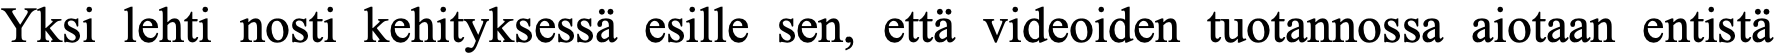
Yksi lehti nosti kehityksessä esille sen, että videoiden tuotannossa aiotaan entistä